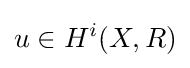
u\in H^{i}(X,R)